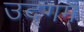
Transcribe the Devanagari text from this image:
उद्‌गम